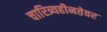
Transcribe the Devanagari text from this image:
चारित्र्यहीनतेवर